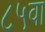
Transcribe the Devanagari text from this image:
८५वा